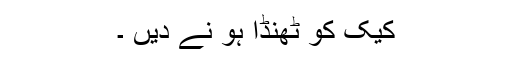
کیک کو ٹھنڈا ہو نے دیں ۔